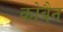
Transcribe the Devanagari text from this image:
कोबैन